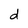
Character: d